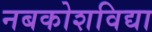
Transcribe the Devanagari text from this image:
नबकोशविद्या